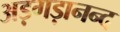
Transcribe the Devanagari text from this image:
अड़गड़ानन्द